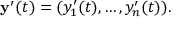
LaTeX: \mathbf { y } ^ { \prime } ( t ) = ( y _ { 1 } ^ { \prime } ( t ) , \ldots , y _ { n } ^ { \prime } ( t ) ) .